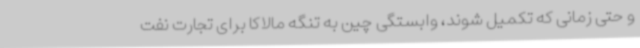
و حتی زمانی که تکمیل شوند، وابستگی چین به تنگه مالاکا برای تجارت نفت